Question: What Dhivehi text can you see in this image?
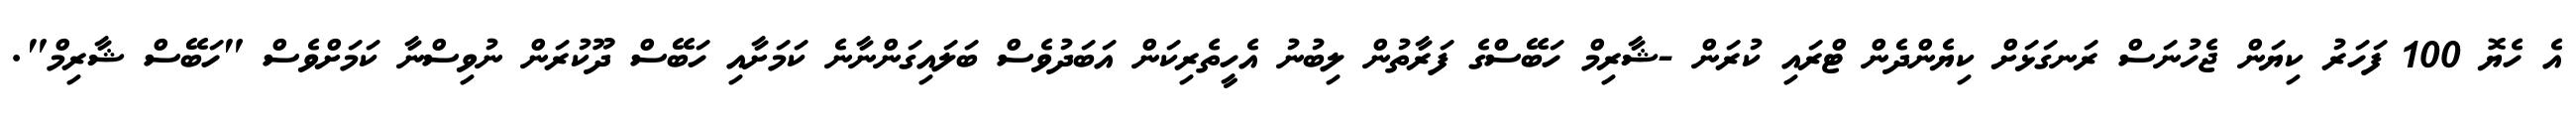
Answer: އެ ހެޔޮ 100 ފަހަރު ކިޔަން ޖެހުނަސް ރަނގަޅަށް ކިޔެންދެން ޓްރައި ކުރަން -ޝާރިމް ހަބޭސްގެ ފަރާތުން ލިބުނު އެހީތެރިކަން އަބަދުވެސް ބަލައިގަންނާނެ ކަމަށާއި ހަބޭސް ދޫކުރަން ނުވިސްނާ ކަމަށްވެސް "ހަބޭސް ޝާރިމް".